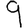
Digit: 9